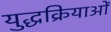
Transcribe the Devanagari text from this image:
युद्धक्रियाओं